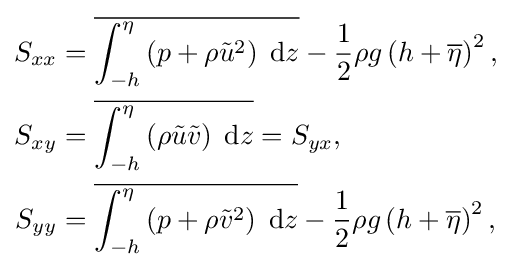
{\begin{aligned}S_{xx}&={\overline {\int _{-h}^{\eta }\left(p+\rho {\tilde {u}}^{2}\right)\;{\text{d}}z}}-{\frac {1}{2}}\rho g\left(h+{\overline {\eta }}\right)^{2},\\S_{xy}&={\overline {\int _{-h}^{\eta }\left(\rho {\tilde {u}}{\tilde {v}}\right)\;{\text{d}}z}}=S_{yx},\\S_{yy}&={\overline {\int _{-h}^{\eta }\left(p+\rho {\tilde {v}}^{2}\right)\;{\text{d}}z}}-{\frac {1}{2}}\rho g\left(h+{\overline {\eta }}\right)^{2},\end{aligned}}